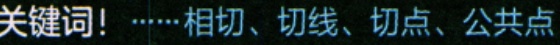
关键词！……相切、切线、切点、公共点